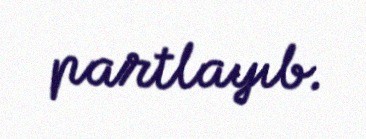
partlayıb.